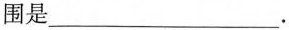
围是___。